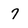
Character: 7